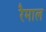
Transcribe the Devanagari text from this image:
रैमाल